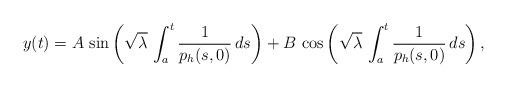
LaTeX: \begin{align*}y(t) = A\,\sin \left (\sqrt{\lambda}\, \int_a^t \frac{1}{p_h(s,0)}\, ds \right ) + B \, \cos \left (\sqrt{\lambda}\, \int_a^t \frac{1}{p_h(s,0)}\, ds \right ),\end{align*}